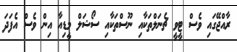
ރާއްޖޭގައި ވެސް ޓީވީ ޗެނަލްތަކާއި ނޫސްތަކާއި ސޯޝަލް މީޑިއާ އިން ވެސް އެފަދަ